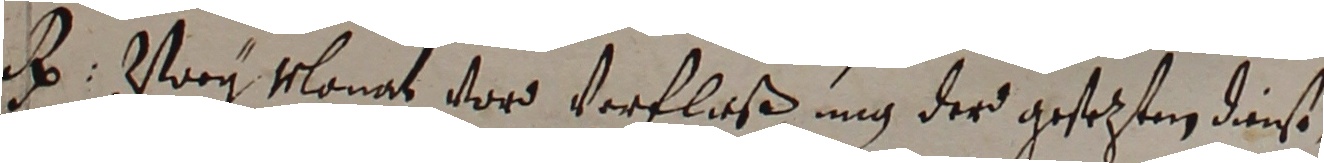
hr porg monat vor verfloßung der gestezten dinst